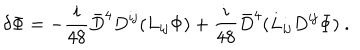
\delta \Phi = - \frac { i } { 4 8 } { \bar { D } } ^ { 4 } D ^ { { \mathbf i } { \mathbf j } } ( L _ { { \mathbf i } { \mathbf j } } \Phi ) + \frac { i } { 4 8 } { \bar { D } } ^ { 4 } ( L _ { { \mathbf i } { \mathbf j } } D ^ { { \mathbf i } { \mathbf j } } \Phi ) \ .